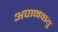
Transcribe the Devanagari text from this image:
अपानवायु